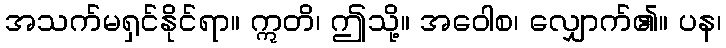
အသက်မရှင်နိုင်ရာ။ ဣတိ၊ ဤသို့။ အဝေါစ၊ လျှောက်၏။ ပန၊